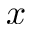
x